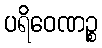
ပရိဝေဏဉ္စ